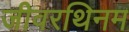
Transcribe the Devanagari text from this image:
जीवरथिनम